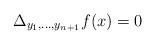
LaTeX: \begin{align*} \Delta_{y_{1}, \ldots, y_{n+1}}f(x)=0\end{align*}